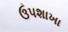
ઉપશાખા